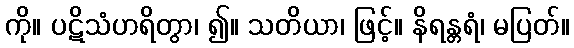
ကို။ ပဋိသံဟရိတွာ၊ ၍။ သတိယာ၊ ဖြင့်။ နိရန္တရံ၊ မပြတ်။